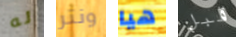
له ونتر هيا قبل